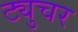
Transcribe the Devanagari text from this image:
ट्युचर